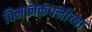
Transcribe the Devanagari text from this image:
विमानकंपनीच्या